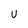
Character: U